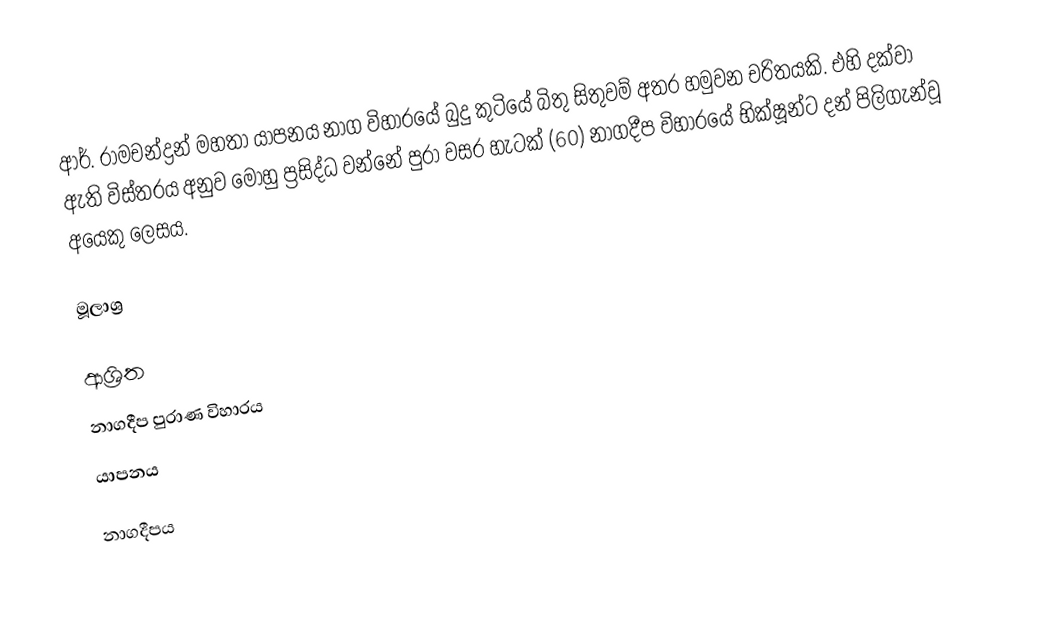
ආර්. රාමචන්ද්‍රන් මහතා යාපනය නාග විහාරයේ බුදු කුටියේ බිතු සිතුවම් අතර හමුවන චරිතයකි. එහි දක්වා ඇති විස්තරය අනුව මොහු ප්‍රසිද්ධ වන්නේ පුරා වසර හැටක් (60) නාගදීප විහාරයේ භික්ෂූන්ට දන් පිලිගැන්වූ අයෙකු ලෙසය.

මූලාශ්‍ර

ආශ්‍රිත
 නාගදීප පුරාණ විහාරය
 යාපනය

නාගදීපය